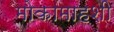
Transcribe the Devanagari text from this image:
मोकामाहशी